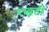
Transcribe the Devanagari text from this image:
रख्रती